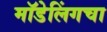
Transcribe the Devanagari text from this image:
मॉडेलिंगचा